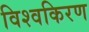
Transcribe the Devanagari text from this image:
विश्वकिरण